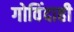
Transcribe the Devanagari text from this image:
गोविंदाही